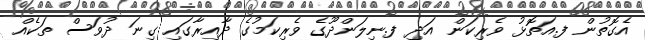
އެގޮތުން ފ.އަތޮޅު ވެރިކަން އަދި ފ.ނިލަންދޫގެ ވެރިކަމުގެ ދާއިރާގައި ގިނަ ދުވަސް ތަކެއް